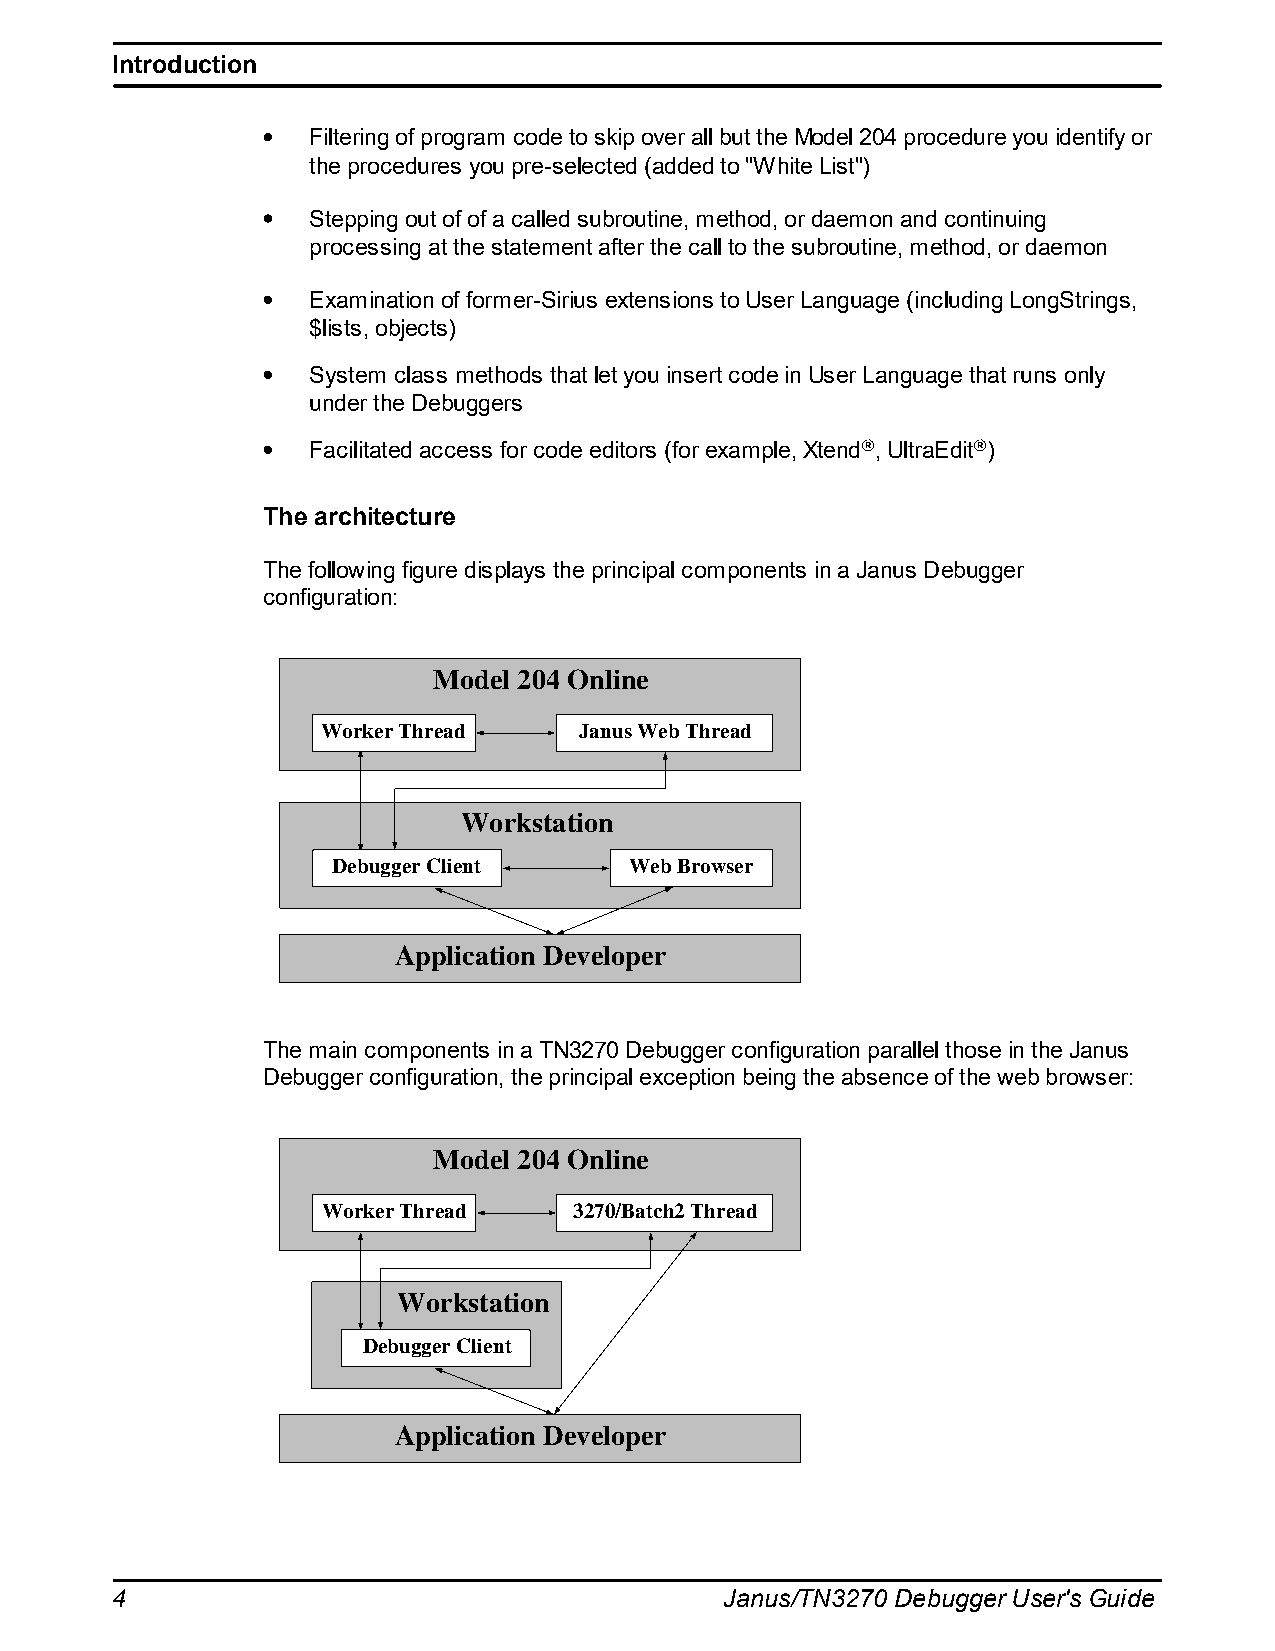
Introduction
 Filtering of program code to skip over all but the Model 204 procedure you identify or
 the procedures you pre-selected (added to "White List")
 Stepping out of of a called subroutine, method, or daemon and continuing
 processing at the statement after the call to the subroutine, method, or daemon
 Examination of former-Sirius extensions to User Language (including LongStrings,
 $lists, objects)
 System class methods that let you insert code in User Language that runs only
 under the Debuggers
 Facilitated access for code editors (for example, Xtend®, UltraEdit®)
 The architecture
 The following figure displays the principal components in a Janus Debugger
 configuration:
 Model 204 Online
 Worker Thread    Janus Web Thread
 Workstation
 Debugger Client     Web Browser
 Application Developer
 The main components in a TN3270 Debugger configuration parallel those in the Janus
 Debugger configuration, the principal exception being the absence of the web browser:
 Model 204 Online
 Worker Thread    3270/Batch2 Thread
 Workstation
 Debugger Client
 Application Developer
 4                                        Janus/TN3270 Debugger User's Guide